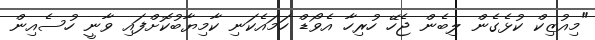
"މިއުޒިކް ކުޅެގެން ލިބެން ޖެހޭ ހުރިހާ އެވޯޑް ހަމައެކަނި ކާމިޔާބުކޮށްފައި ވާނީ ހުސެއިން